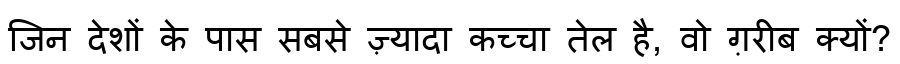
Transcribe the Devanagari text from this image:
जिन देशों के पास सबसे ज़्यादा कच्चा तेल है, वो ग़रीब क्यों?